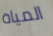
المياة